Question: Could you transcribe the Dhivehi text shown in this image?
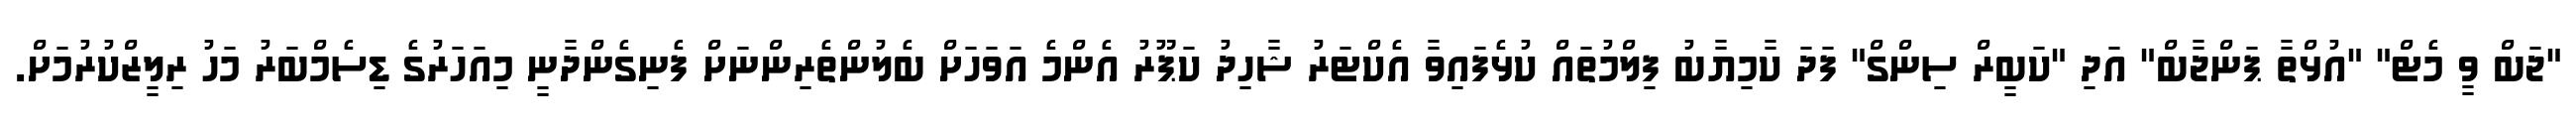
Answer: "ޖަބް ވީ މެޓް" "އުޅްތާ ޕަންޖާބް" އަދި "ކަބީރް ސިންގް" ފަދަ ކާމިޔާބު ފިލްމުތައް ކުޅެފައިވާ އެކްޓަރު ޝާހިދު ކަޕޫރު އެންމެ އަވަހަށް ބެލުންތެރިންނަށް ފެނިގެންދާނީ މިއަހަރުގެ ޑިސެމްބަރު މަހު ރިލީޒްކުރުމަށް.